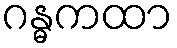
ဂန္ဓကထာ